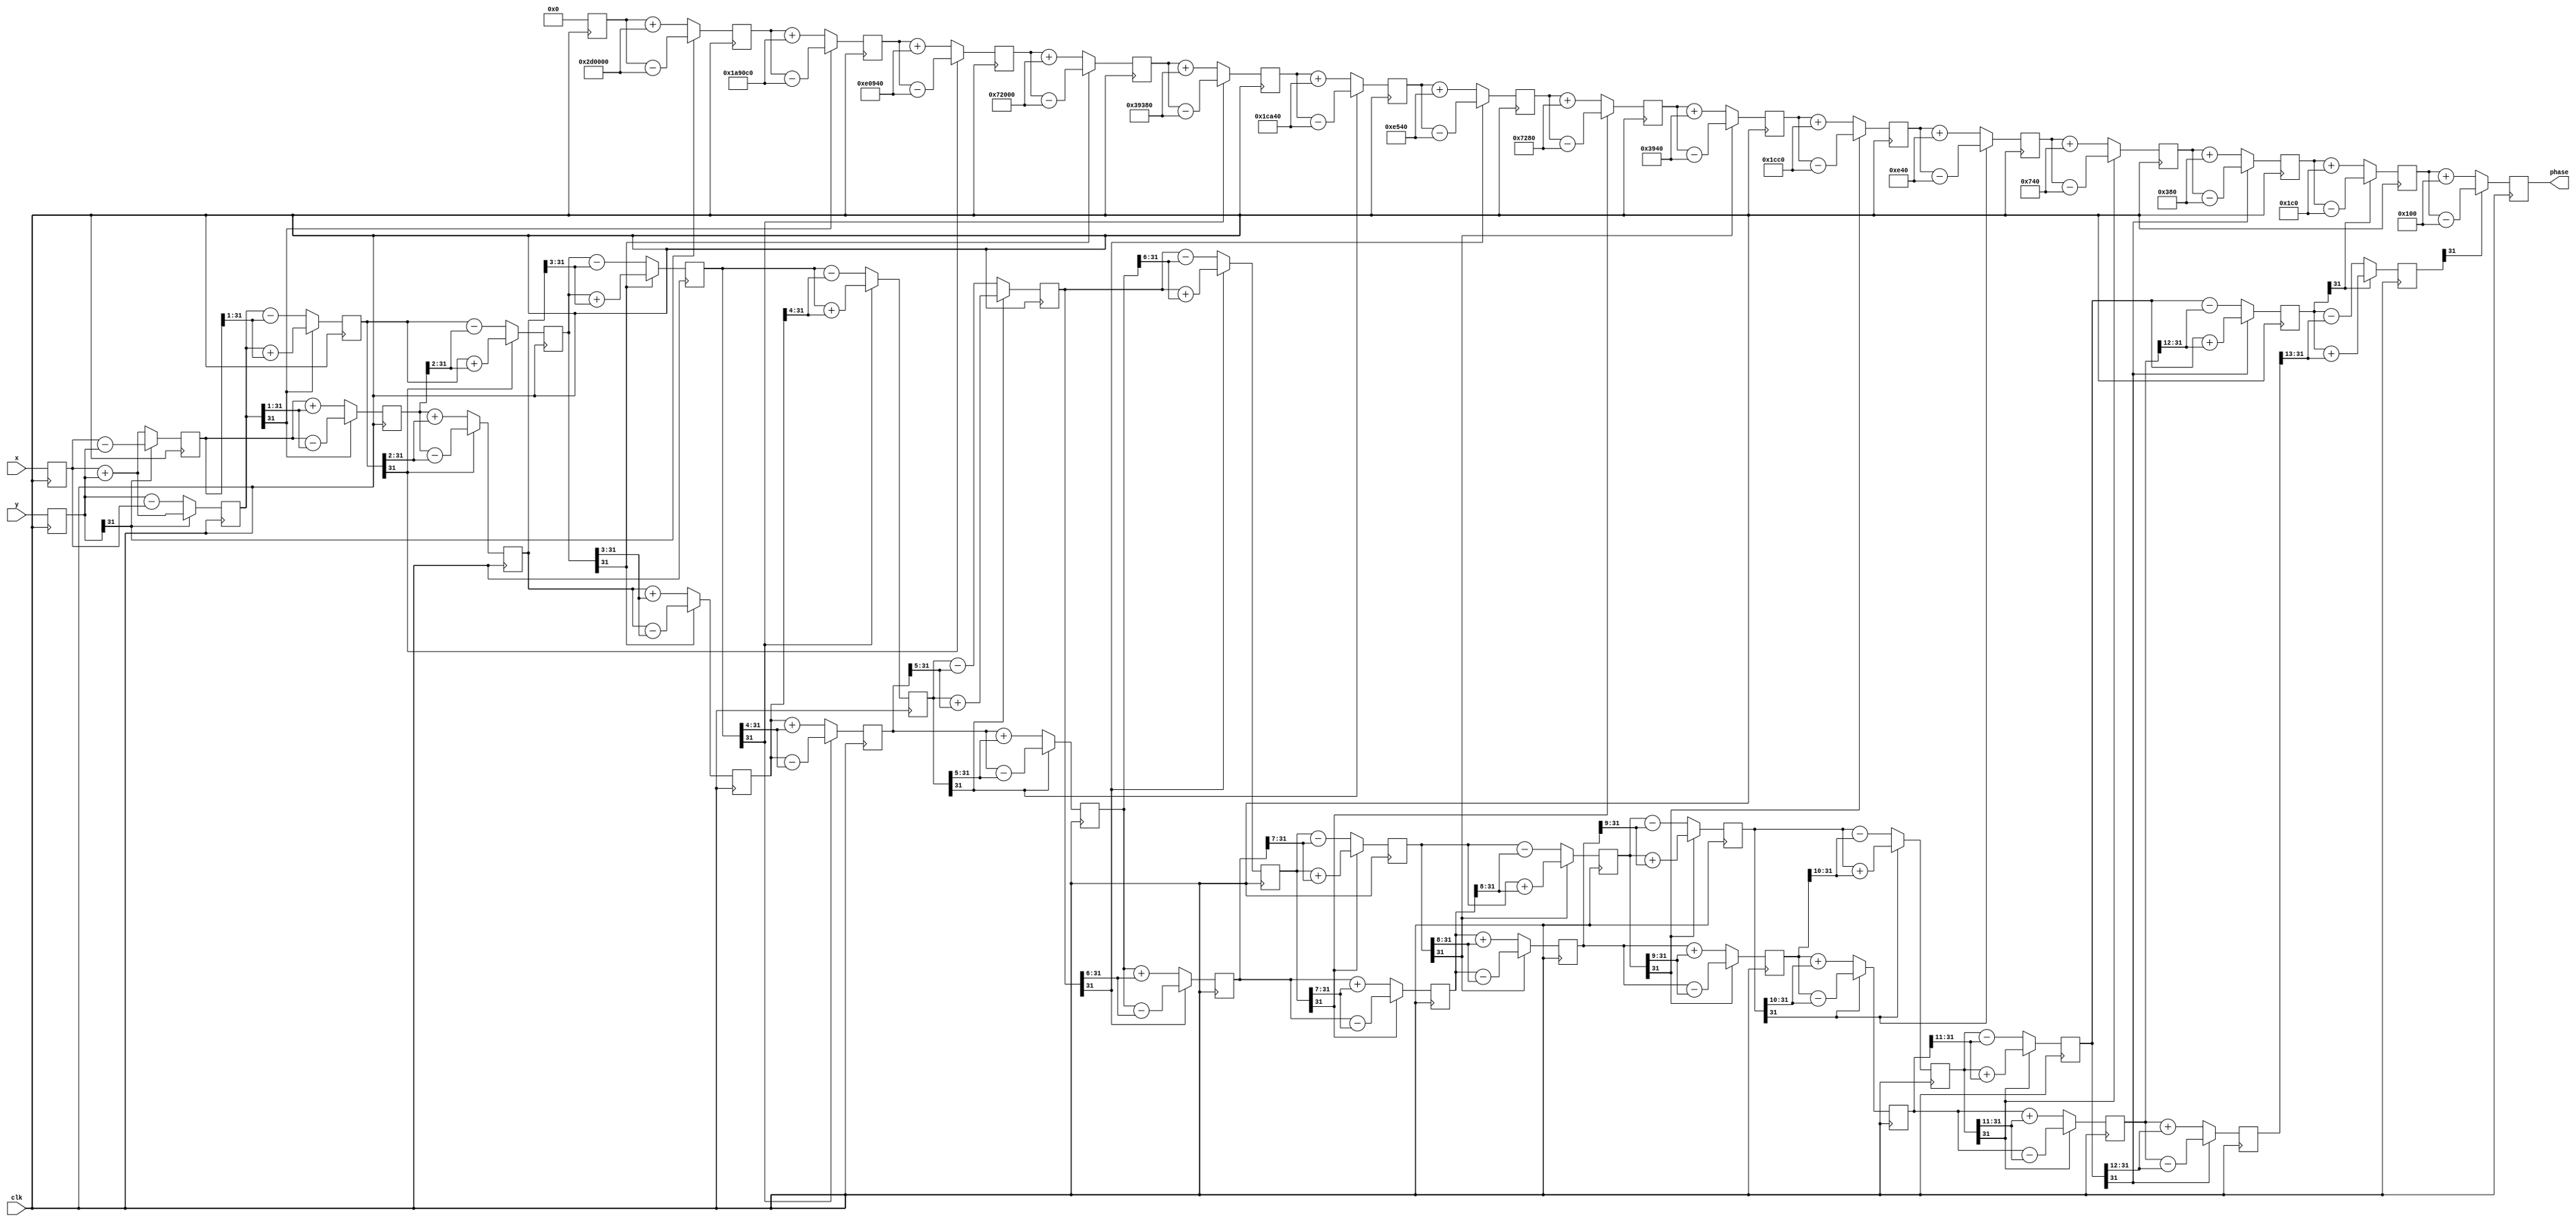
module cordic_vec(

    input [31:0]    x,
    input  [31:0]    y,
    input           clk,
    output [31:0]   phase
    );

//旋转角度查找表
`define rot0  32'd2949120       //45度*2^16
`define rot1  32'd1740992       //26.5651度*2^16
`define rot2  32'd919872        //14.0362度*2^16
`define rot3  32'd466944        //7.1250度*2^16
`define rot4  32'd234368        //3.5763度*2^16
`define rot5  32'd117312        //1.7899度*2^16
`define rot6  32'd58688         //0.8952度*2^16
`define rot7  32'd29312         //0.4476度*2^16
`define rot8  32'd14656         //0.2238度*2^16
`define rot9  32'd7360          //0.1119度*2^16
`define rot10 32'd3648          //0.0560度*2^16
`define rot11 32'd1856          //0.0280度*2^16
`define rot12 32'd896           //0.0140度*2^16
`define rot13 32'd448           //0.0070度*2^16
`define rot14 32'd256           //0.0035度*2^16
`define rot15 32'd128           //0.0018度*2^16

parameter K = 32'h09b74;  //K=0.607253*2^16,32'h09b74,16位定点小数

localparam STG = 16;
reg signed [31:0] X [0:STG-1];
reg signed [31:0] Y [0:STG-1];
reg signed [31:0] Z [0:STG-1]; // 32bit

always @(posedge clk ) begin
        X[0] <= x; 
        Y[0] <= y; 
        Z[0] <= 32'd0;            //z0赋初值0
end

//开始迭代
 genvar i;

   generate
   for (i=0; i < (STG); i=i+1)
   begin: XYZ
      
      wire signed  [31 :0] X_shr, Y_shr; 
      wire                   Z_sign;
      assign X_shr = X[i] >>> i; // 移位次数由迭代次数决定
      assign Y_shr = Y[i] >>> i;
   
      //Z加或者减由Y的大小决定。
      assign Z_sign = ~Y[i][31]; // Z_sign = 1 if Z[i] < 0
   
      always @(posedge clk)
      begin
         // add/subtract shifted data
         X[i+1] <= Z_sign ? X[i] + Y_shr         : X[i] - Y_shr;
         Y[i+1] <= Z_sign ? Y[i] - X_shr         : Y[i] + X_shr;
      end

        always @(posedge clk ) begin
        case(i)
        15'd0: Z[i+1] <= Z_sign ? Z[i] + `rot0 : Z[i] - `rot0;
        15'd1: Z[i+1] <= Z_sign ? Z[i] + `rot1 : Z[i] - `rot1;
        15'd2: Z[i+1] <= Z_sign ? Z[i] + `rot2 : Z[i] - `rot2;
        15'd3: Z[i+1] <= Z_sign ? Z[i] + `rot3 : Z[i] - `rot3;
        15'd4: Z[i+1] <= Z_sign ? Z[i] + `rot4 : Z[i] - `rot4;
        15'd5: Z[i+1] <= Z_sign ? Z[i] + `rot5 : Z[i] - `rot5;
        15'd6: Z[i+1] <= Z_sign ? Z[i] + `rot6 : Z[i] - `rot6;
        15'd7: Z[i+1] <= Z_sign ? Z[i] + `rot7 : Z[i] - `rot7;
        15'd8: Z[i+1] <= Z_sign ? Z[i] + `rot8 : Z[i] - `rot8;
        15'd9: Z[i+1] <= Z_sign ? Z[i] + `rot9 : Z[i] - `rot9;
        15'd10: Z[i+1] <= Z_sign ? Z[i] + `rot10 : Z[i] - `rot10;
        15'd11: Z[i+1] <= Z_sign ? Z[i] + `rot11 : Z[i] - `rot11;
        15'd12: Z[i+1] <= Z_sign ? Z[i] + `rot12 : Z[i] - `rot12;
        15'd13: Z[i+1] <= Z_sign ? Z[i] + `rot13 : Z[i] - `rot13;
        15'd14: Z[i+1] <= Z_sign ? Z[i] + `rot14 : Z[i] - `rot14;
        15'd15: Z[i+1] <= Z_sign ? Z[i] + `rot15 : Z[i] - `rot15;
      

        endcase
   end

   end

 
   endgenerate
   
    assign phase = Z[STG-1];

endmodule